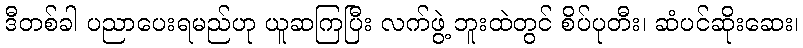
ဒီတစ်ခါ ပညာပေးရမည်ဟု ယူဆကြပြီး လက်ဖွဲ့ ဘူးထဲတွင် စိပ်ပုတီး၊ ဆံပင်ဆိုးဆေး၊